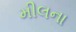
મીલના